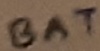
Text: BAT